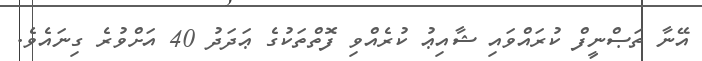
އޭނާ ތަޞްނީފް ކުރައްވައި ޝާއިޢު ކުރެއްވި ފޮތްތަކުގެ ޢަދަދު 40 އަށްވުރެ ގިނައެވެ.